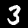
Label: 3